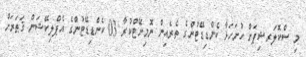
މި ސްކޮލަރޝިޕަށް ހުށަހަޅާ ކެންޑިޑޭޓުންގެ ތެރެއިން ނޮމިނޭޓްކުރާ 03 ކެންޑިޑޭޓުންގެ އެޕްލިކޭޝަން ޤަޠަރަށް